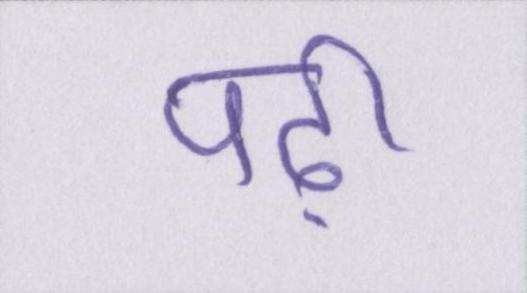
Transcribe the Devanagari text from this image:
पढ़ी